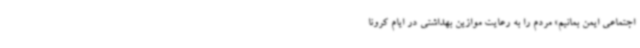
اجتماعی ایمن بمانیم» مردم را به رعایت موازین بهداشتی در ایام کرونا